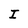
Character: I